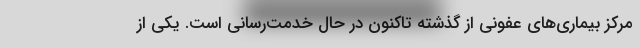
مرکز بیماری‌های عفونی از گذشته تاکنون در حال خدمت‌رسانی است. یکی از